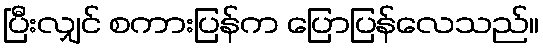
ပြီးလျှင် စကားပြန်က ပြောပြန်လေသည်။